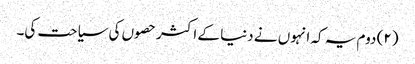
(۲) دوم یہ کہ انہوں نے دنیا کے اکثر حصوں کی سیاحت کی۔